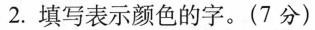
2.填写表示颜色的字。(7分)